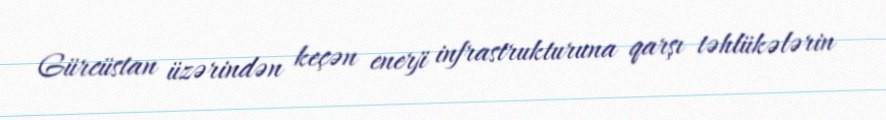
Gürcüstan üzərindən keçən enerji infrastrukturuna qarşı təhlükələrin